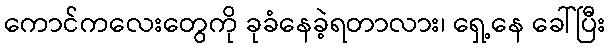
ကောင်ကလေးတွေကို ခုခံနေခဲ့ရတာလား၊ ရှေ့နေ ခေါ်ပြီး